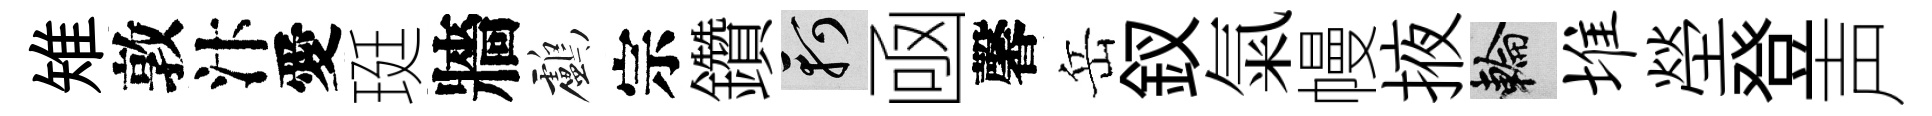
雉敦汴愛珽牆鸕宗鑽軻凾馨岳釵氣幔掖輪堆塋登声